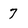
Character: 7